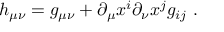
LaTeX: h _ { \mu \nu } = g _ { \mu \nu } + \partial _ { \mu } x ^ { i } \partial _ { \nu } x ^ { j } g _ { i j } \ .